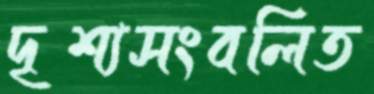
দৃশ্যসংবলিত